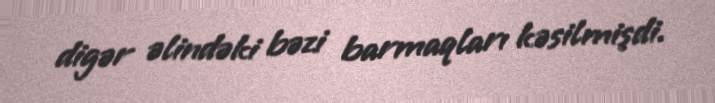
digər əlindəki bəzi barmaqları kəsilmişdi.